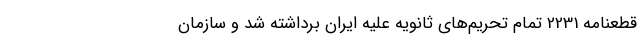
قطعنامه 2231 تمام تحریم‌های ثانویه علیه ایران برداشته شد و سازمان